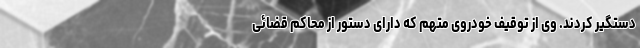
دستگیر کردند. وی از توقیف خودروی متهم که دارای دستور از محاکم قضائی